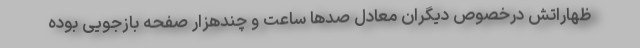
ظهاراتش درخصوص دیگران معادل صدها ساعت و چندهزار صفحه بازجویی بوده